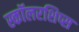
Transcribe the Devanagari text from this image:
स्कॉलरशिप्स